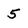
Character: 5